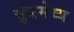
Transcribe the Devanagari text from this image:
सुप्रमेय्य